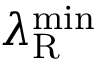
\lambda _ { \mathrm { R } } ^ { \mathrm { m i n } }